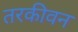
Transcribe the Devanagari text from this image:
तरकीवन